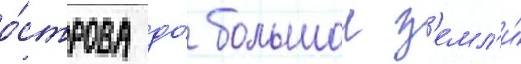
о́строва до́ большои з'емл'и́